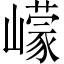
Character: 㠓